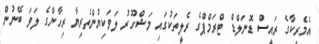
އެމެރިކާގެ ރައީސް ޑޮނަލްޑް ޓްރަމްޕްގެ ރެލީތަކުގައި މަޝްހޫރު ލަވަކިޔުންތެރިޔާ ރިހާނާގެ ލަވަ ބޭނުން